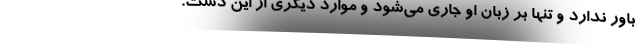
باور ندارد و تنها بر زبان او جاری می‌شود و موارد دیگری از این دست.